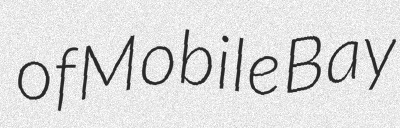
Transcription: of Mobile Bay